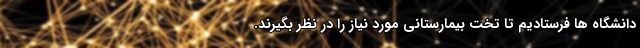
دانشگاه ها فرستادیم تا تخت بیمارستانی مورد نیاز را در نظر بگیرند.